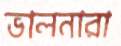
ভালনারা